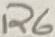
Text: R6